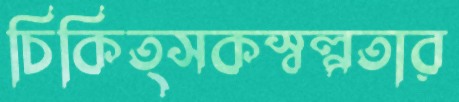
চিকিত্সকস্বল্পতার